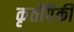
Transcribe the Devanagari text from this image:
कृतींपैकी